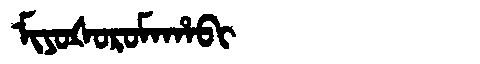
Manchu: ᠮᡳᠶᠣᡧᠣᡵᠣᠮᠠᡥᠠᠪᡳ
Romanization: MIYOŠOROMAHABI